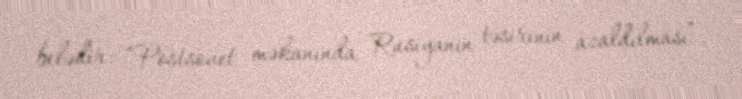
belədir: “Postsovet məkanında Rusiyanın təsirinin azaldılması”.